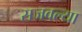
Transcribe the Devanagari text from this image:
सजवल्या